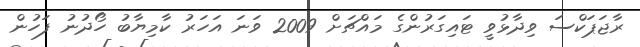
ރާޖަޕަކްސަ ވިދާޅުވީ ޓައިގަރުންގެ މައްޗަށް 2009 ވަނަ އަހަރު ކާމިޔާބު ހޯދުނު ފަހުން